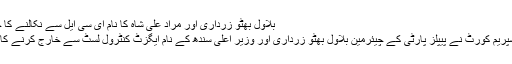
بلاول بھٹو زرداری اور مراد علی شاہ کا نام ای سی ایل سے نکالنے کا حکم - ہم سب
پاکستان کی سپریم کورٹ نے پیپلز پارٹی کے چیئرمین بلاول بھٹو زرداری اور وزیر اعلیٰ سندھ کے نام ایگزٹ کنٹرول لسٹ سے خارج کرنے کا حکم دیا ہے۔